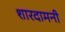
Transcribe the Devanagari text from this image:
शारदामनी